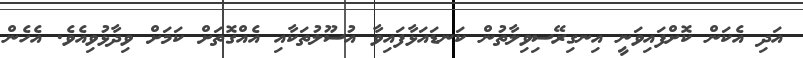
އަދި އެކަން ކޮށްފައިވަނީ އިނގިރޭސިވިލާތުން ކަނޑައަޅާފައިވާ އުސޫލުތަކާއި އެއްގޮތަށް ކަމަށް ވިދާޅުވިއެވެ. އެެހެން